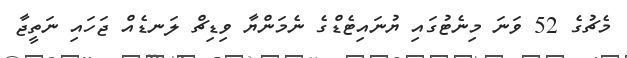
މެޗުގެ 52 ވަނަ މިނެޓުގައި ޔުނައިޓެޑްގެ ނެމަންޔާ ވިޑިޗް ލަނޑެއް ޖަހައި ނަތީޖާ